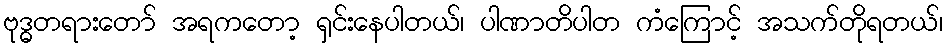
ဗုဒ္ဓတရားတော် အရကတော့ ရှင်းနေပါတယ်၊ ပါဏာတိပါတ ကံကြောင့် အသက်တိုရတယ်၊